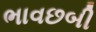
ભાવછબી